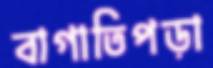
বাগাতিপড়া